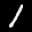
Label: 1